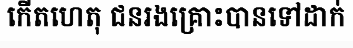
កើតហេតុ ជនរងគ្រោះបានទៅដាក់